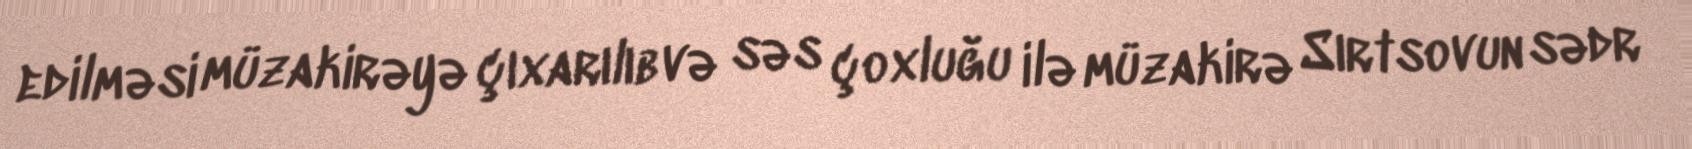
edilməsi müzakirəyə çıxarılıb və səs çoxluğu ilə müzakirə Sırtsovun sədr